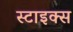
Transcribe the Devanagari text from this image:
स्टाइक्स